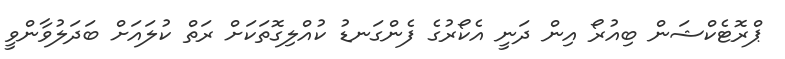
ޕްރޮޓެކްޝަން ބިއުރޯ އިން ދަނީ އެކޯރުގެ ފެންގަނޑު ކުއްލިގޮތަކަށް ރަތް ކުލައަށް ބަދަލުވާންވީ